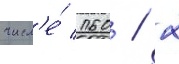
числ'е́ 160 / 2